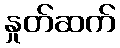
နှုတ်ဆက်